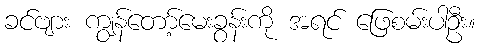
ခင်ဗျား ကျွန်တော့်မေးခွန်းကို အရင် ဖြေစမ်းပါဦး။